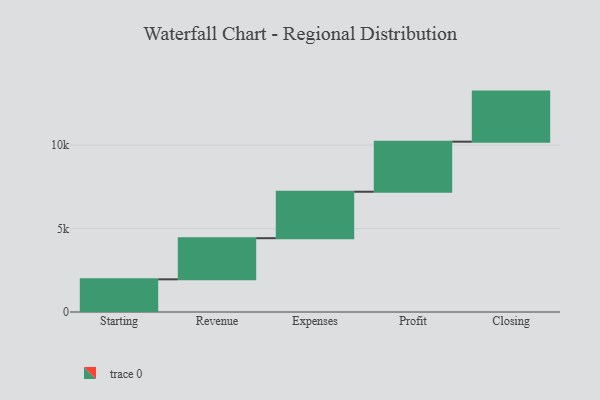
{"axis": {"x": "Step", "y": "Value"}, "legend": [""], "data": [{"x": "Starting", "y": 1958.0, "type": ""}, {"x": "Revenue", "y": 2464.0, "type": ""}, {"x": "Expenses", "y": 2784.0, "type": ""}, {"x": "Profit", "y": 3000, "type": ""}, {"x": "Closing", "y": 3000, "type": ""}]}